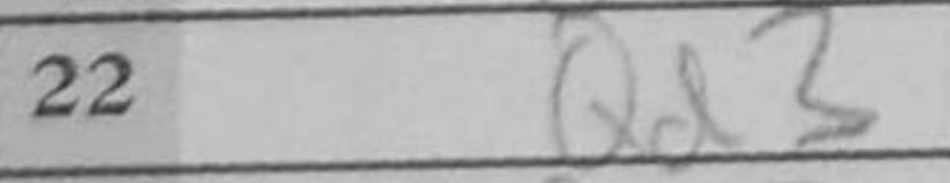
Transcription: Qd3